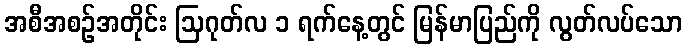
အစီအစဉ်အတိုင်း ဩဂုတ်လ ၁ ရက်နေ့တွင် မြန်မာပြည်ကို လွတ်လပ်သော